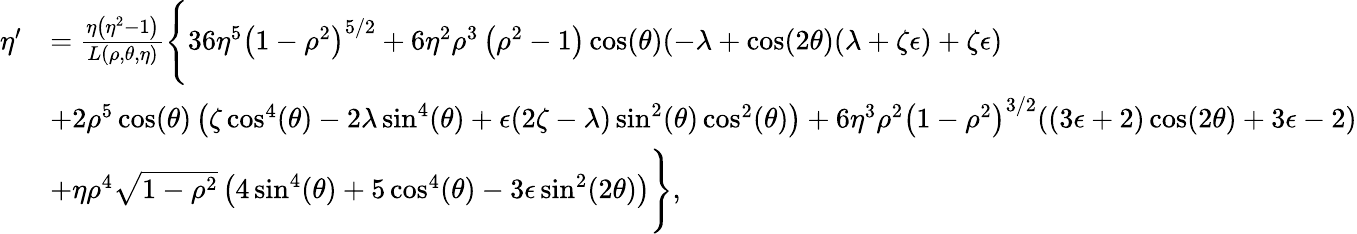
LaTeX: \begin{array}{rl}{\eta^{\prime}}&{=\frac{\eta\left(\eta^{2}-1\right)}{L(\rho,\theta,\eta)}\Bigg\{ 36\eta^{5}\left(1-\rho^{2}\right)^{5/2}+6\eta^{2}\rho^{3}\left(\rho^{2}-1\right)\cos(\theta)(-\lambda+\cos(2\theta)(\lambda+\zeta\epsilon)+\zeta\epsilon)}\\ &{+2\rho^{5}\cos(\theta)\left(\zeta\cos^{4}(\theta)-2\lambda\sin^{4}(\theta)+\epsilon(2\zeta-\lambda)\sin^{2}(\theta)\cos^{2}(\theta)\right)+6\eta^{3}\rho^{2}\left(1-\rho^{2}\right)^{3/2}((3\epsilon+2)\cos(2\theta)+3\epsilon-2)}\\ &{+\eta\rho^{4}\sqrt{1-\rho^{2}}\left(4\sin^{4}(\theta)+5\cos^{4}(\theta)-3\epsilon\sin^{2}(2\theta)\right)\Bigg\} ,}\end{array}